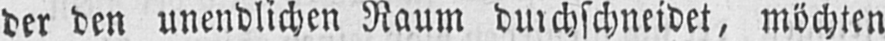
der den unendlichen Raum durchschneidet, möchten